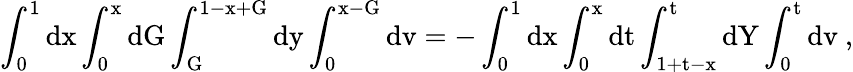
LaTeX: \mathrm{\int_{0}^{1}dx\int_{0}^{x}dG\int_{G}^{1-x+G}dy\int_{0}^{x-G}dv=-\int_{0}^{1}dx\int_{0}^{x}dt\int_{1+t-x}^{t}dY\int_{0}^{t}dv~,}